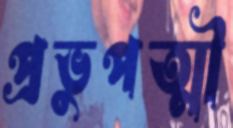
প্রভুপত্মী